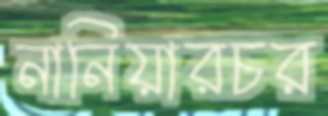
নানিয়ারচর